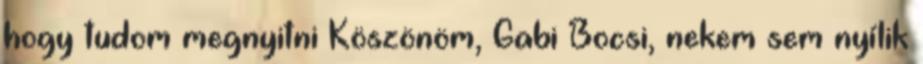
hogy tudom megnyitni Köszönöm, Gabi Bocsi, nekem sem nyílik